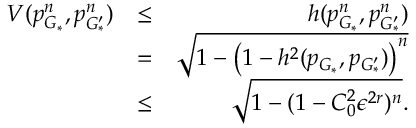
\begin{array} { r l r } { V ( p _ { G _ { * } } ^ { n } , p _ { G _ { * } ^ { \prime } } ^ { n } ) } & { \leq } & { h ( p _ { G _ { * } } ^ { n } , p _ { G _ { * } ^ { \prime } } ^ { n } ) } \\ & { = } & { \sqrt { 1 - \left( 1 - h ^ { 2 } ( p _ { G _ { * } } , p _ { G _ { * } ^ { \prime } } ) \right) ^ { n } } } \\ & { \leq } & { \sqrt { 1 - ( 1 - C _ { 0 } ^ { 2 } \epsilon ^ { 2 r } ) ^ { n } } . } \end{array}